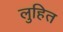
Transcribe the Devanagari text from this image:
लुहित